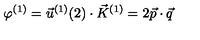
\varphi ^ { ( 1 ) } = \vec { u } ^ { ( 1 ) } ( 2 ) \cdot \vec { K } ^ { ( 1 ) } = 2 \vec { p } \cdot \vec { q }